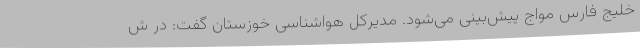
خلیج فارس مواج پیش‌بینی می‌شود. مدیرکل هواشناسی خوزستان گفت: در ش